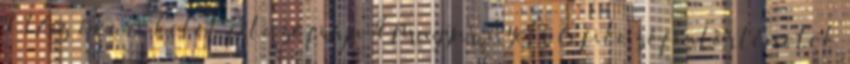
2.1 Az ókori kelet filozófiája 4 Magyar nyelvű filozófiatörténetek